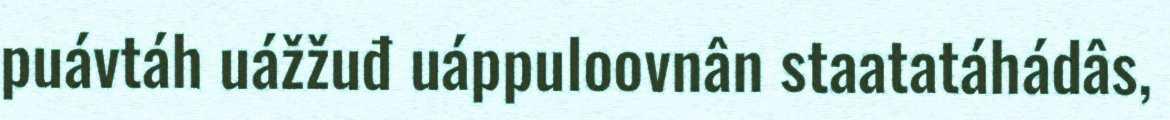
puávtáh uážžuđ uáppuloovnân staatatáhádâs,